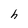
Character: h